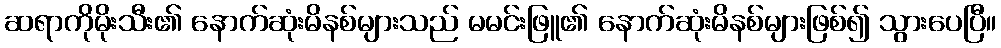
ဆရာကိုမိုးသီး၏ နောက်ဆုံးမိနစ်များသည် မမင်းဖြူ၏ နောက်ဆုံးမိနစ်များဖြစ်၍ သွားပေပြီ။